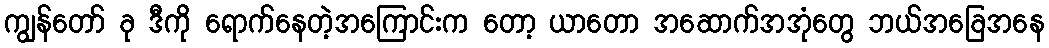
ကျွန်တော် ခု ဒီကို ရောက်နေတဲ့အကြောင်းက တော့ ယာတော အဆောက်အအုံတွေ ဘယ်အခြေအနေ